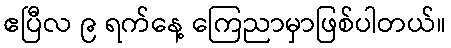
ဧပြီလ ၉ ရက်နေ့ ကြေညာမှာဖြစ်ပါတယ်။